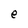
Character: e